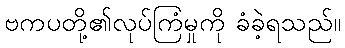
ဗကပတို့၏လုပ်ကြံမှုကို ခံခဲ့ရသည်။